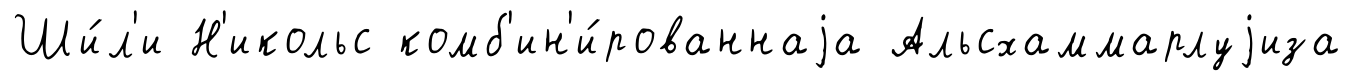
Ши́л'и Н'икольс комб'ин'и́рованнаjа Альсхаммарлуjиза